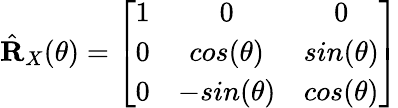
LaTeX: \hat{\mathbf{R}}_{X}(\theta)=\left[\begin{array}{ccc}{1}&{0}&{0}\\ {0}&{cos(\theta)}&{sin(\theta)}\\ {0}&{-sin(\theta)}&{cos(\theta)}\end{array}\right]